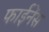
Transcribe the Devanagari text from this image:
फाईनेंस